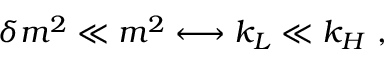
\delta m ^ { 2 } \ll m ^ { 2 } \longleftrightarrow k _ { L } \ll k _ { H } \ ,